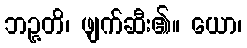
ဘဉ္ဇတိ၊ ဖျက်ဆီး၏။ ယော၊